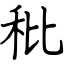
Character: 秕